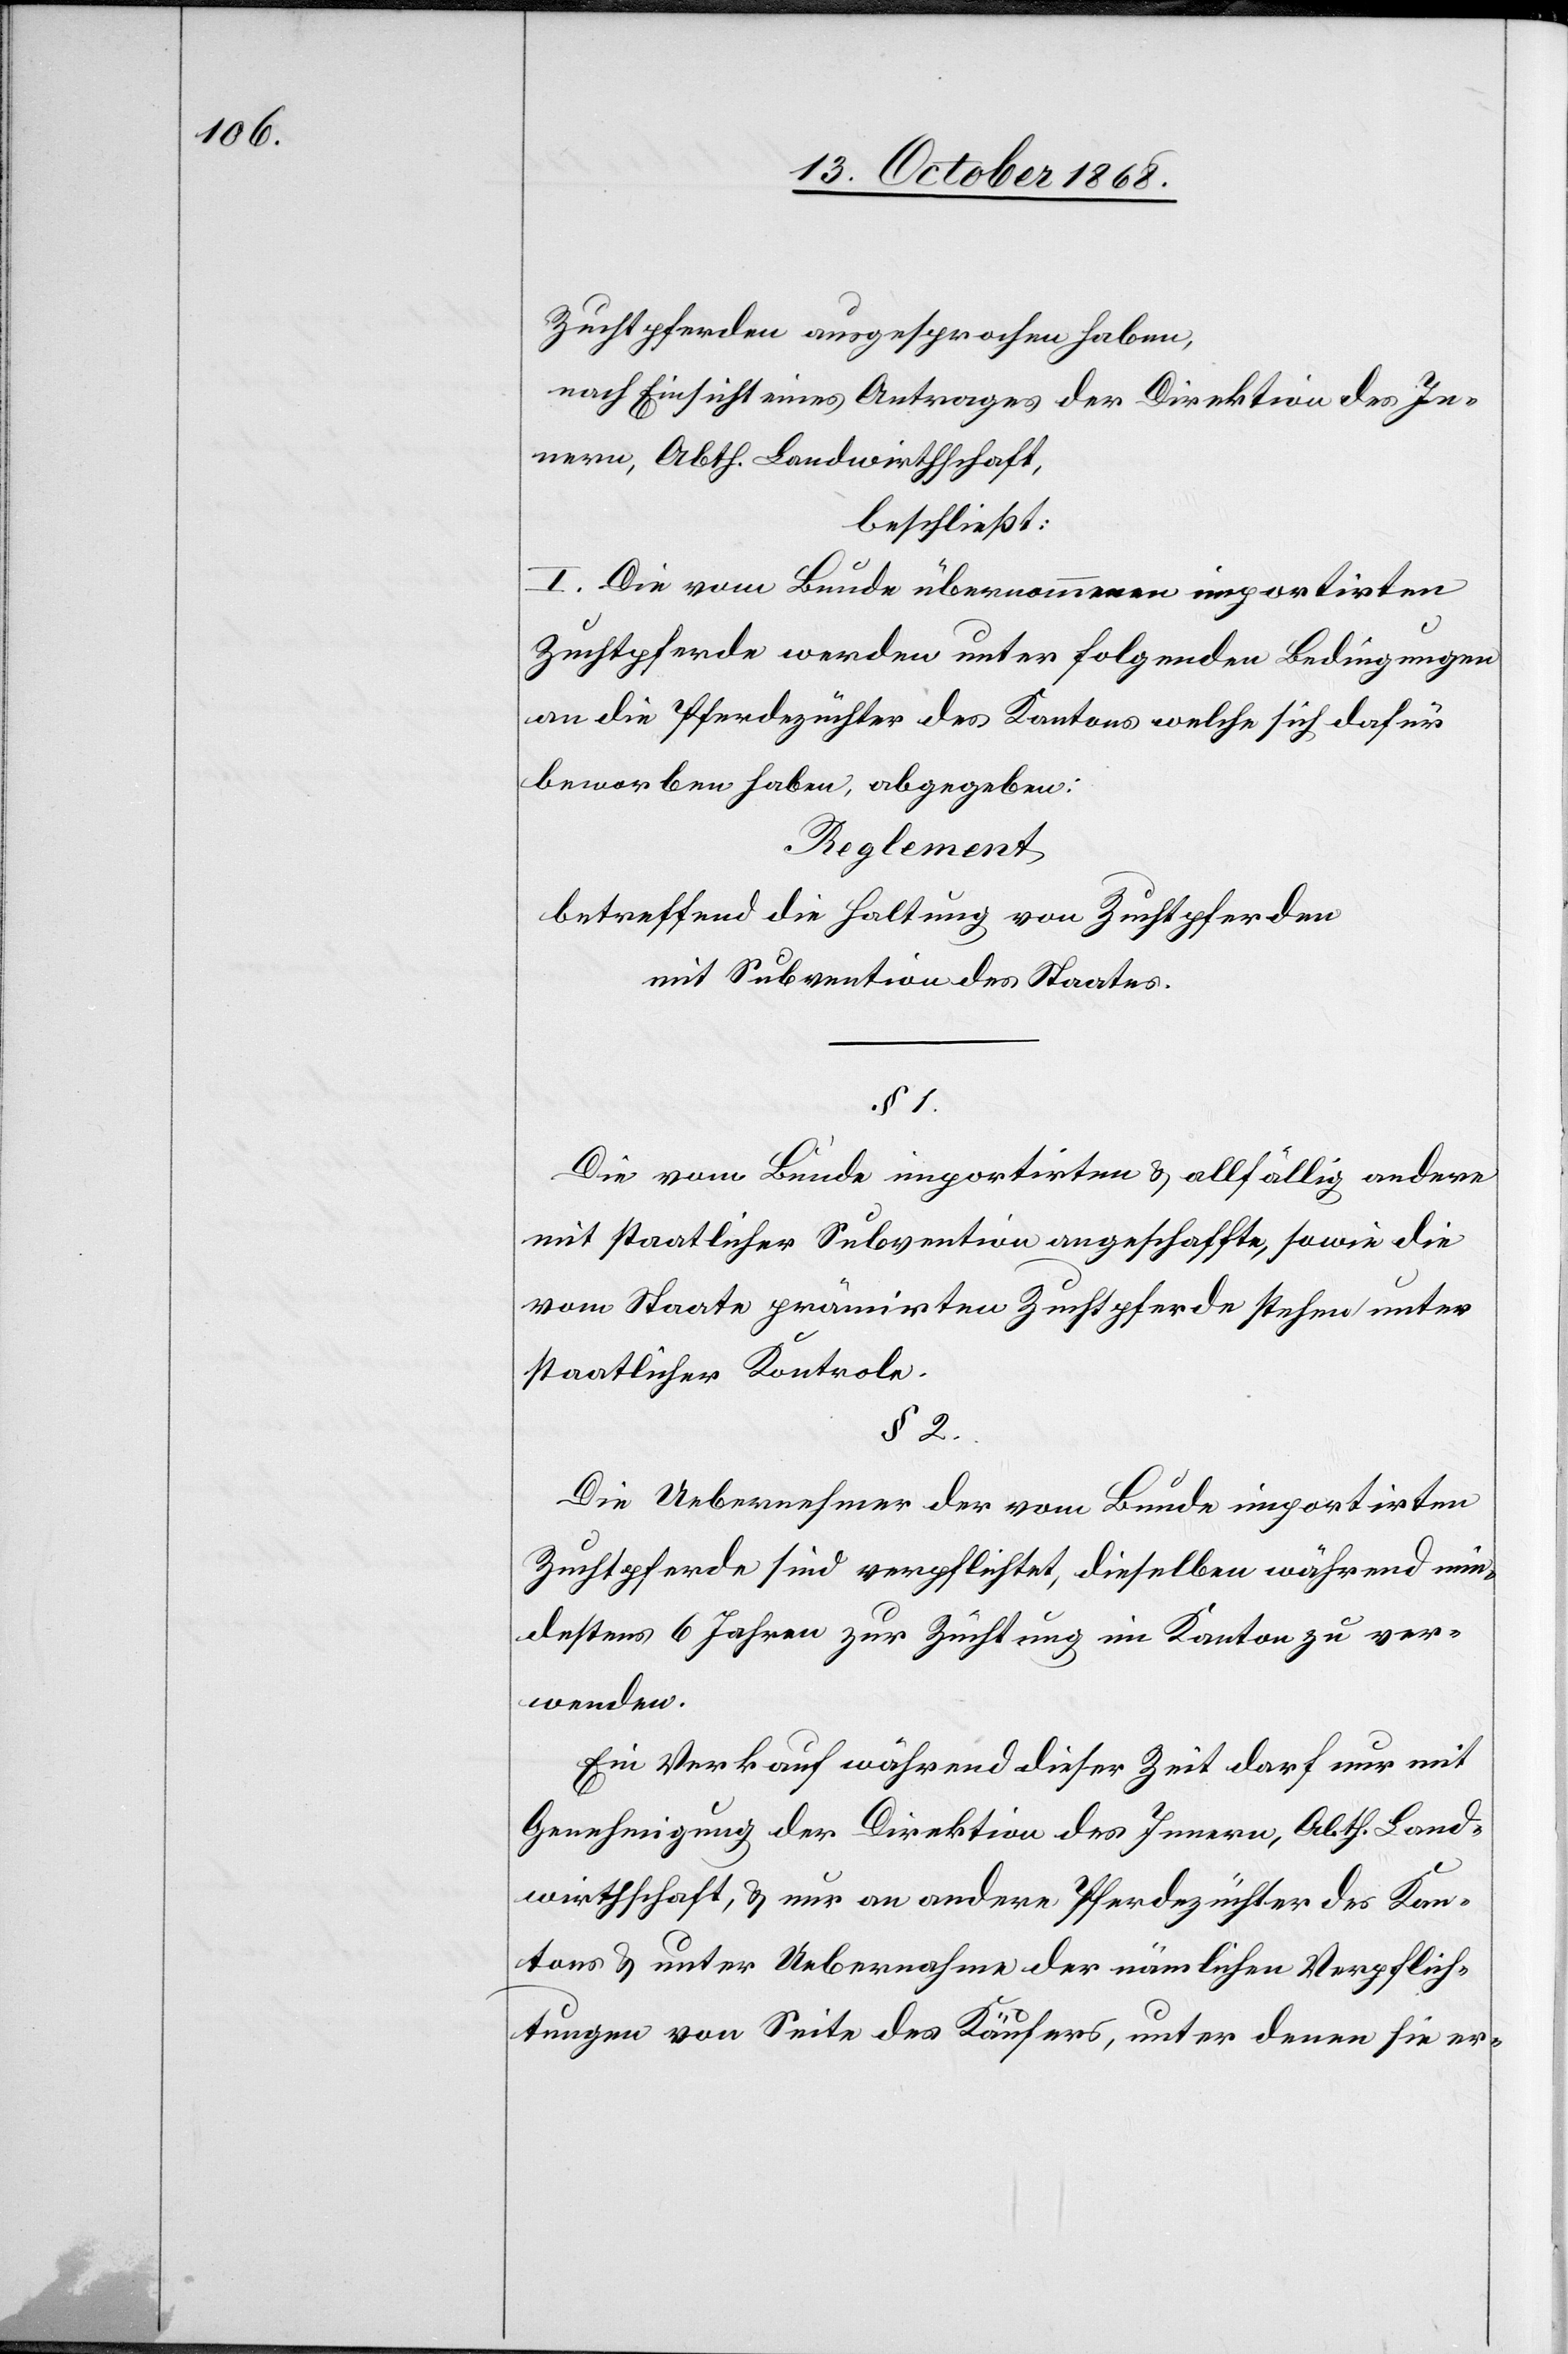
Zuchtpferden ausgesprochen haben,
nach Einsicht eines Antrages der Direktion des In¬
nern, Abth. Landwirthschaft,
______
I. Die vom Bunde übernommenen importirten
Zuchtpferde werden unter folgenden Bedingungen
an die Pferdezüchter des Kantons welche sich dafür
beworben haben, abgegeben:
Reglement
betreffend die Haltung von Zuchtpferden
mit Subvention des Staates.
Die vom Bunde importirten & allfällig andere
mit staatlicher Subvention angeschaffte, sowie die
vom Staate prämirten Zuchtpferde stehen unter
staatlicher Kontrole.
§ 2.
Die Uebernehmer der vom Bunde importirten
Zuchtpferde sind verpflichtet, dieselben während min¬
destens 6 Jahren zur Züchtung im Kanton zu ver¬
wenden.
Ein Verkauf während dieser Zeit darf nur mit
Genehmigung der Direktion des Innern, Abth. Land¬
wirthschaft, & nur an andere Pferdezüchter des Kan¬
tons & unter Uebernahme der nämlichen Verpflich¬
1.
tungen von Seite des Käufers, unter denen sie er-